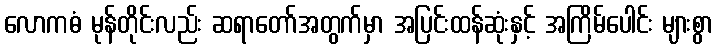
လောကဓံ မုန်တိုင်းလည်း ဆရာတော်အတွက်မှာ အပြင်းထန်ဆုံးနှင့် အကြိမ်ပေါင်း များစွာ